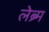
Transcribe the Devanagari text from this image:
लेब्र्म